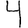
Digit: 4